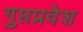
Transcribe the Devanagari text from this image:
गुप्तप्रवेश